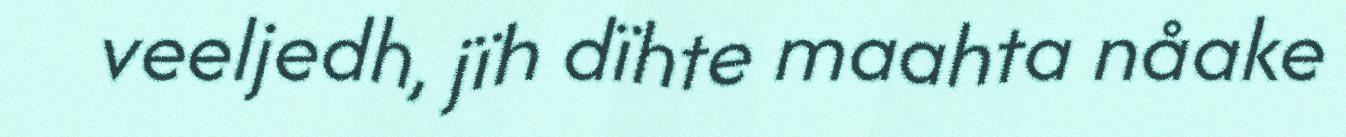
veeljedh, jïh dïhte maahta nåake